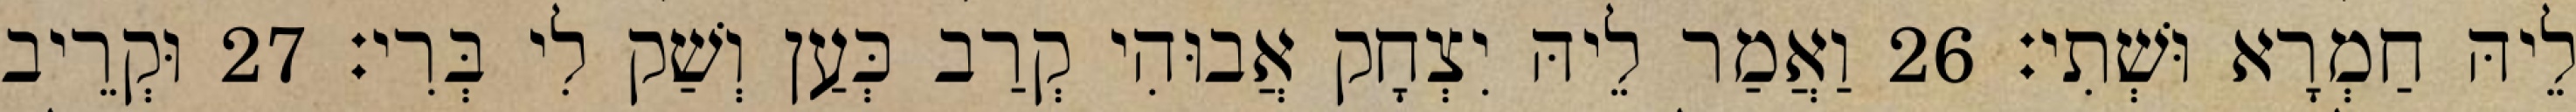
לֵיהּ חַמְרָא וּשְׁתִי׃ 26 וַאֲמַר לֵיהּ יִצְחָק אֲבוּהִי קְרַב כְּעַן וְשַׁק לִי בְּרִי׃ 27 וּקְרֵיב